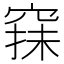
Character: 𥦤